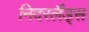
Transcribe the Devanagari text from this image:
निदरलैंड्स